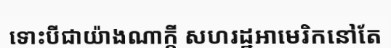
ទោះបីជាយ៉ាងណាក្តី សហរដ្ឋអាមេរិកនៅតែ